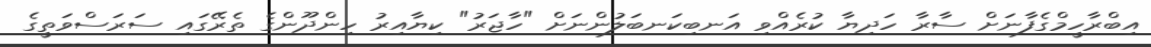
އިބްރާހީމްގެފާނަށް ސާރާ ހަދިޔާ ކުރެއްވި އަނބިކަނބަލުންނަށް "ހާޖަރު" ކިޔާއިރު ހިންދޫންގެ ތެރޭގައި ސަރަސްވަތީގެ